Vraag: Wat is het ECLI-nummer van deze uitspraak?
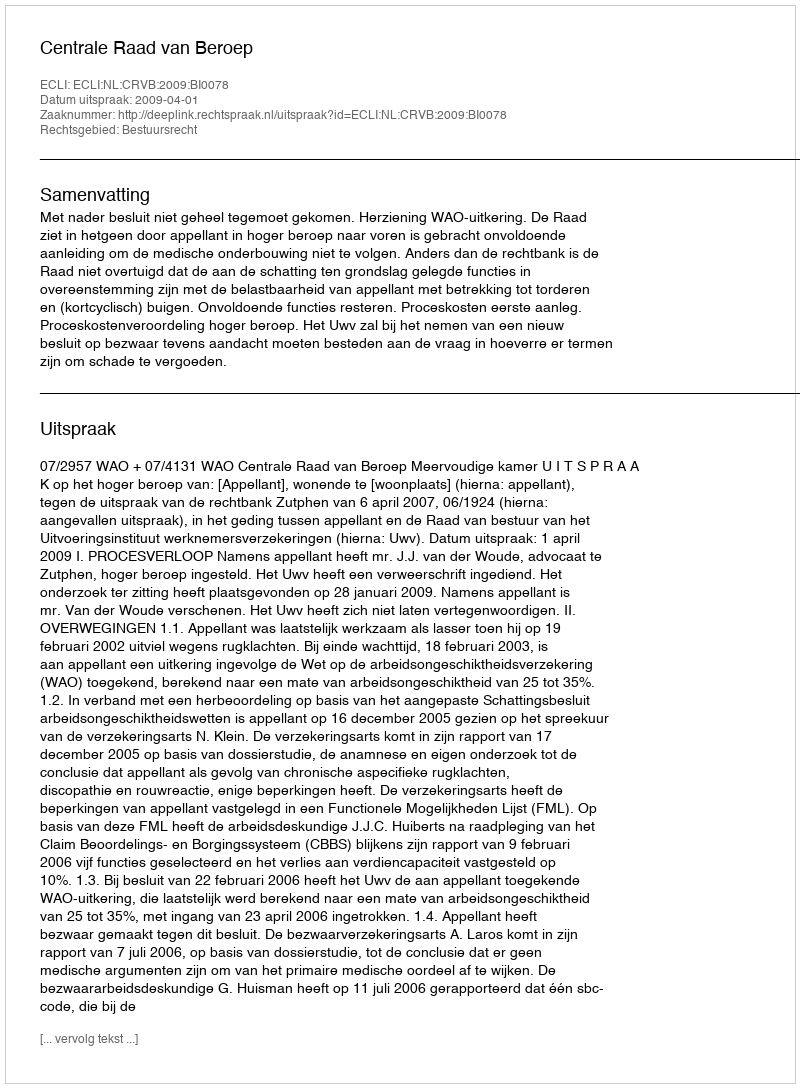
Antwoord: ECLI:NL:CRVB:2009:BI0078